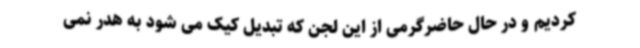
کردیم و در حال حاضرگرمی از این لجن که تبدیل کیک می شود به هدر نمی